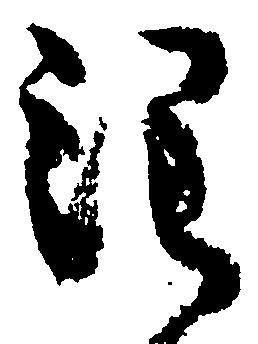
注